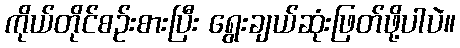
ကိုယ်တိုင်စဉ်းစားပြီး ရွေးချယ်ဆုံးဖြတ်ဖို့ပါပဲ။